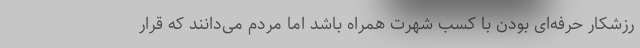
رزشکار حرفه‌ای بودن با کسب شهرت همراه باشد اما مردم می‌دانند که قرار